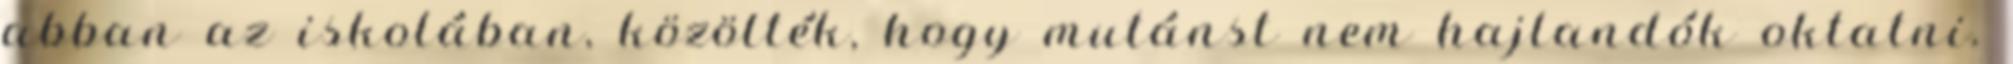
abban az iskolában, közölték, hogy mutánst nem hajlandók oktatni.